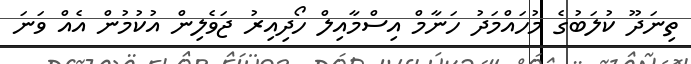
ތިނަދޫ ކުލަބުގެ މުހައްމަދު ހަނާމް އިސްމާއިލް ހޯދިއިރު ޖަވެލިން އުކުމުން އެއް ވަނަ